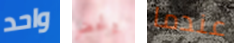
واحد وتحضر عندما